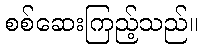
စစ်ဆေးကြည့်သည်။